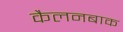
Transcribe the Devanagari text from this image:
कैलनबाक